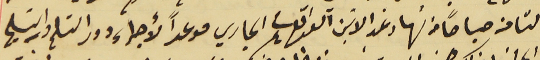
الثامنه صباحاً من نهار غد الاثنين الواقع فى ٤ الجاري موعداً لأجراء دور التسلم والتسليم